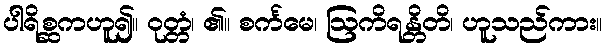
ပါရိစ္ဆကဟူ၍။ ဝုတ္တံ၊ ၏။ စင်္ကမေ၊ ဩကိရန္တိတိ၊ ဟူသည်ကား။